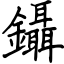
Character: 鑷